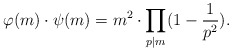
\begin{align*} \varphi(m)\cdot\psi(m)=m^2\cdot\prod_{p|m}(1-\frac{1}{p^2}).\end{align*}